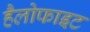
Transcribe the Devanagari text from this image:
हैलोफाइट